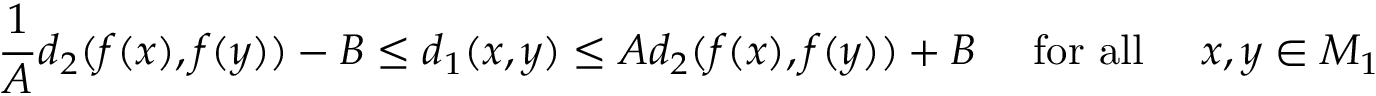
{ \frac { 1 } { A } } d _ { 2 } ( f ( x ) , f ( y ) ) - B \leq d _ { 1 } ( x , y ) \leq A d _ { 2 } ( f ( x ) , f ( y ) ) + B \quad { \mathrm { ~ f o r ~ a l l ~ } } \quad x , y \in M _ { 1 }